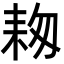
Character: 𦓭